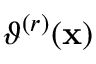
\vartheta ^ { ( r ) } ( \mathbf { x } )